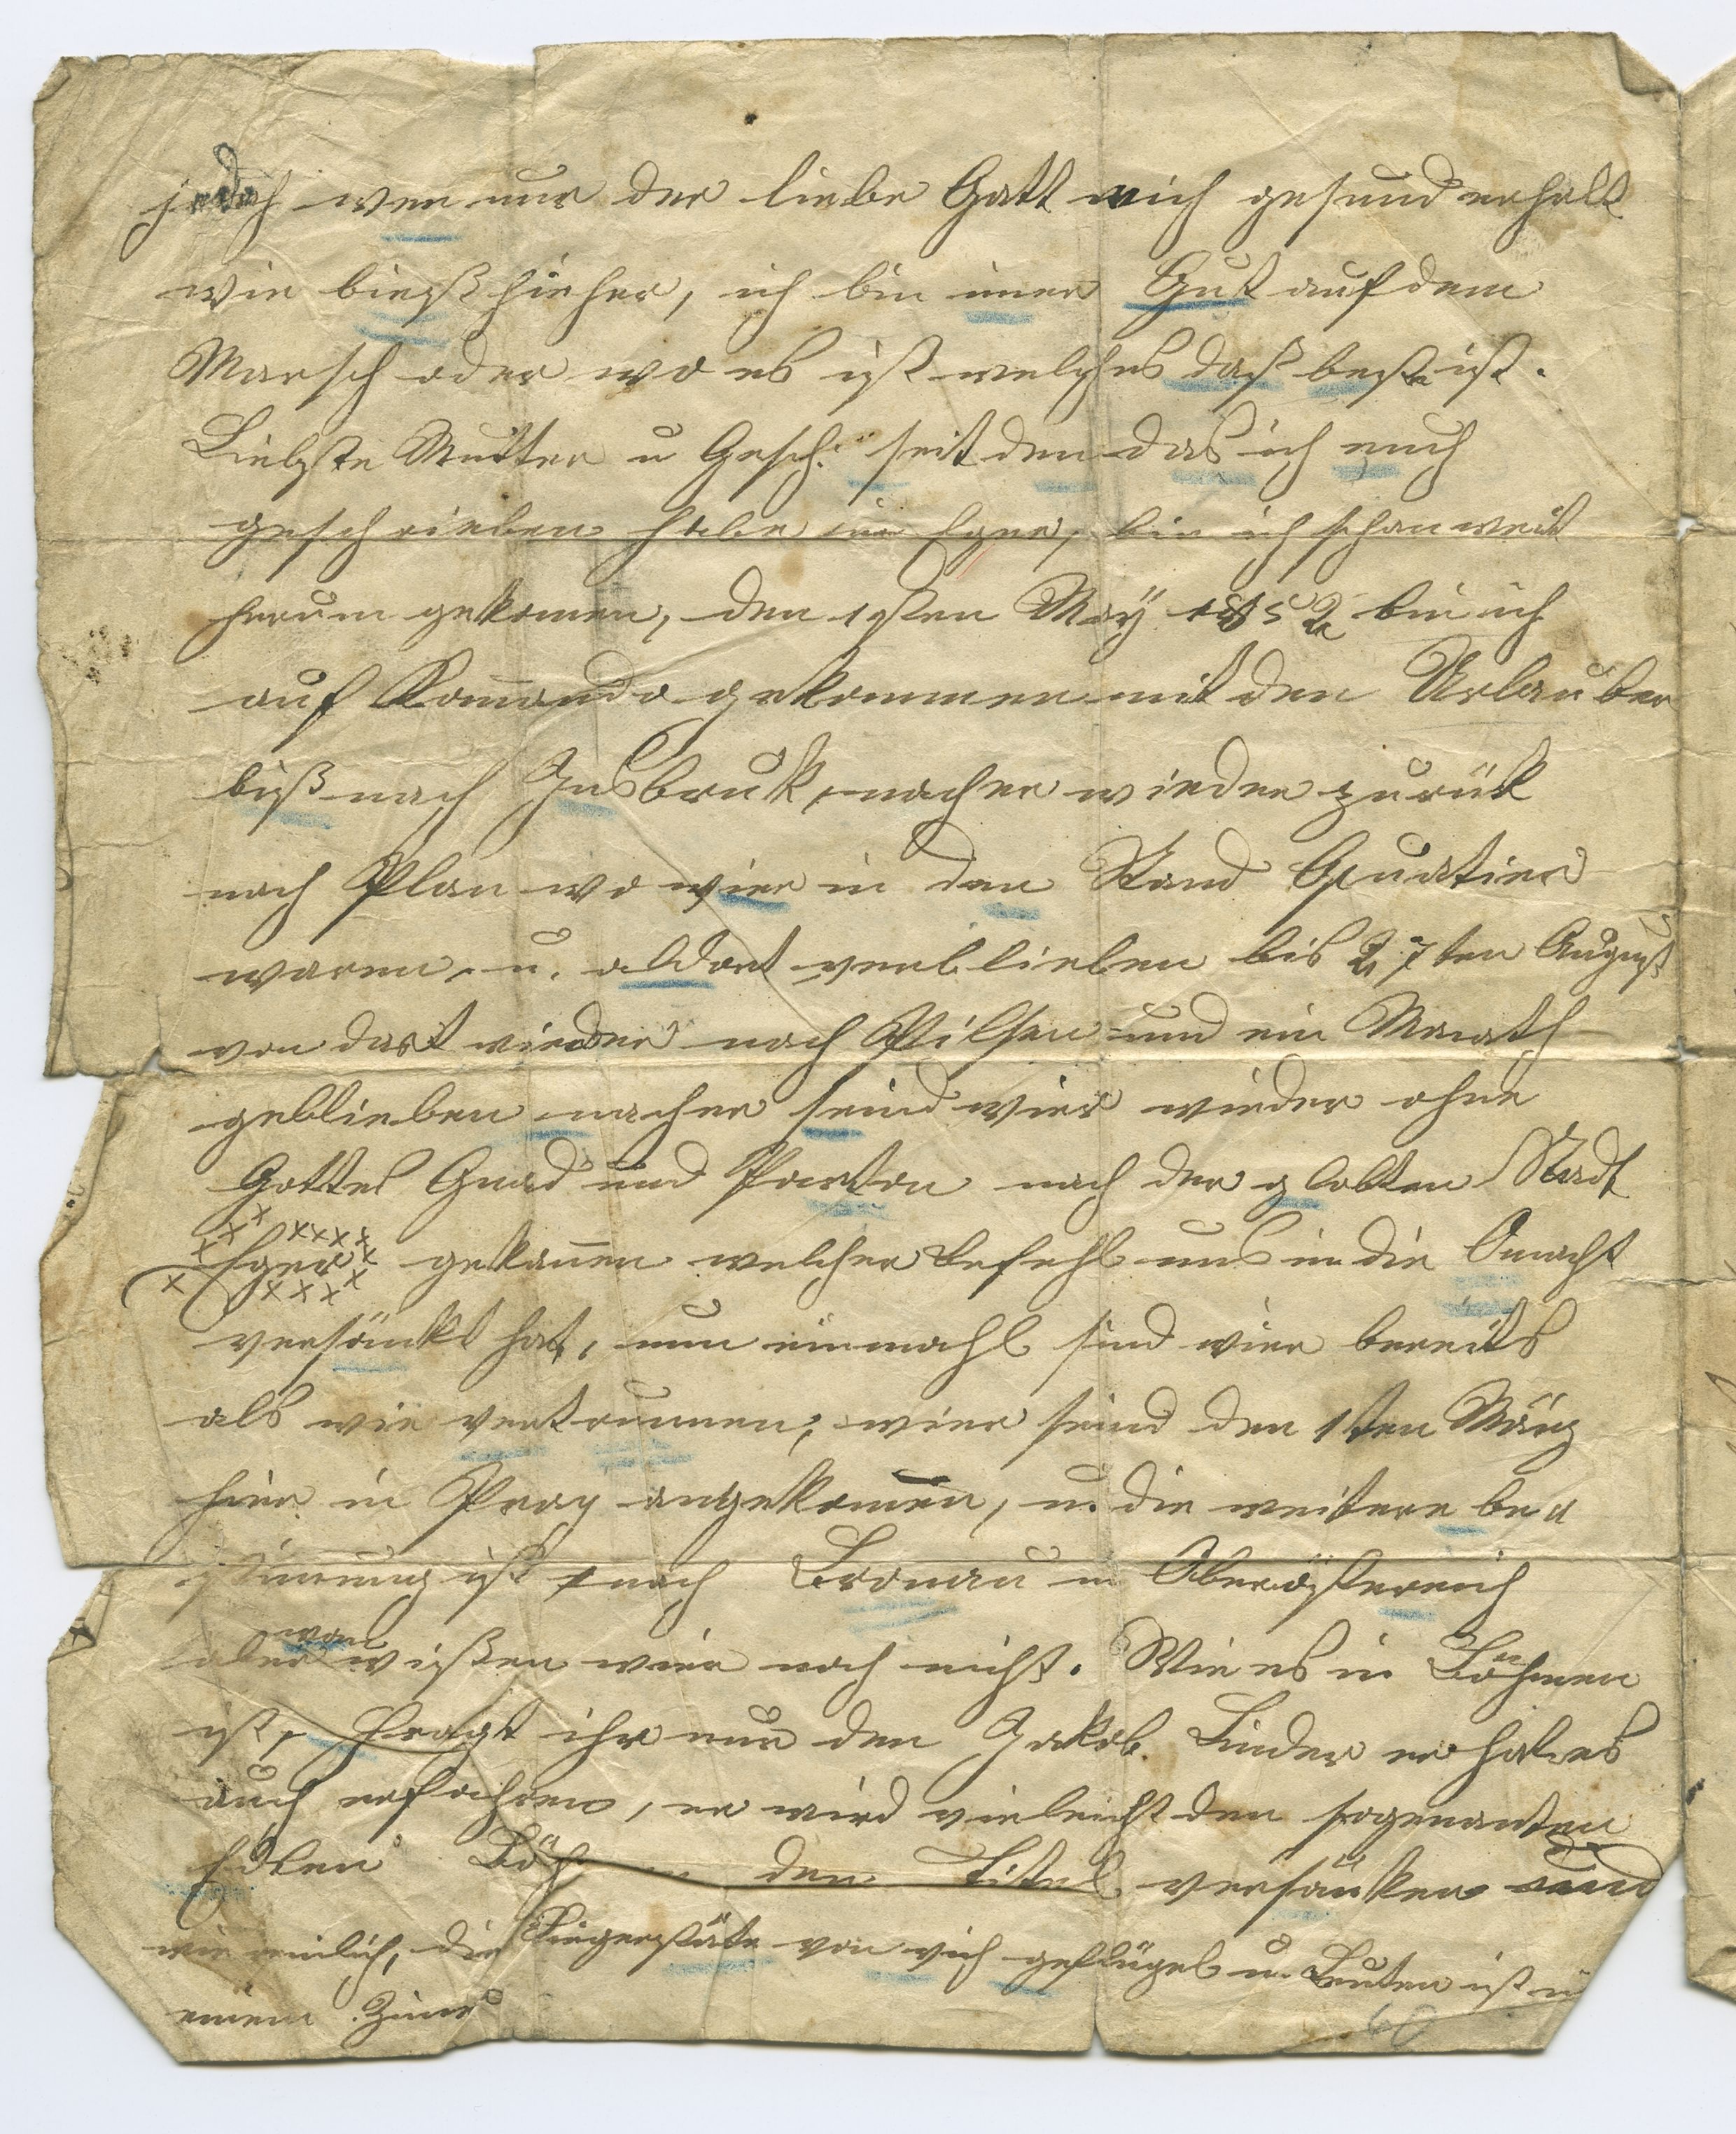
jedoch wenn nur der liebe Gott mich gesund erhält
wie bieß hieher, ich bin immer Gut auf dem
Marsch oder wo es ist welches daß beßte ist.
Liebste Mutter u. Gesch. seit dem das ich euch
geschrieben habe um Eger, bin ich schon weit
herum gekommen, den 1 sten März 1859 bin ich
auf Kommando gekommen mit den Urlauber
biß nach Insbruk, nacher wieder zurück
nach Plan wo wir in den Stand Quatier
waren, u. aldort verblieben bis 27 ten August
von dort wieder nach Pilsen und eine Nacht
gebleiben nacher sind wier wieder ohne
Gottes Gnad und Pastor nach der gelobten Stadt
Eger gekommen welcher Befehl uns in die Onmacht
versänkt hat, nun einmahl sind wir bereits
als wie vertreumen, wier sind den 1 sten März
hier in Prag angekommen, u. die weitere be¬
stimmung ist nach Braunau in Oberösterreich
aber wann wißen wir noch nicht. Wie es in Böhmen
ist, fragt ihr nur den Jakob. Leider er hat es
auch erfahren, er wird vieleicht den sogenannten
Edlen Böh den Titel versänken und
wirlich, die Siegerstäte von weich geflügel u. Leuten ist
einem Zim